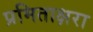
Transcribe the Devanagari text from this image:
प्रमिताक्षरा